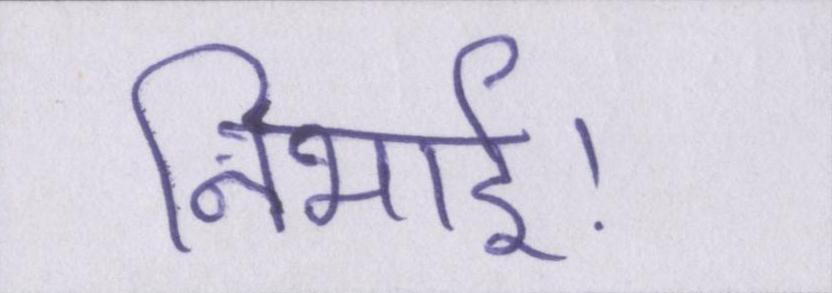
निभाई।